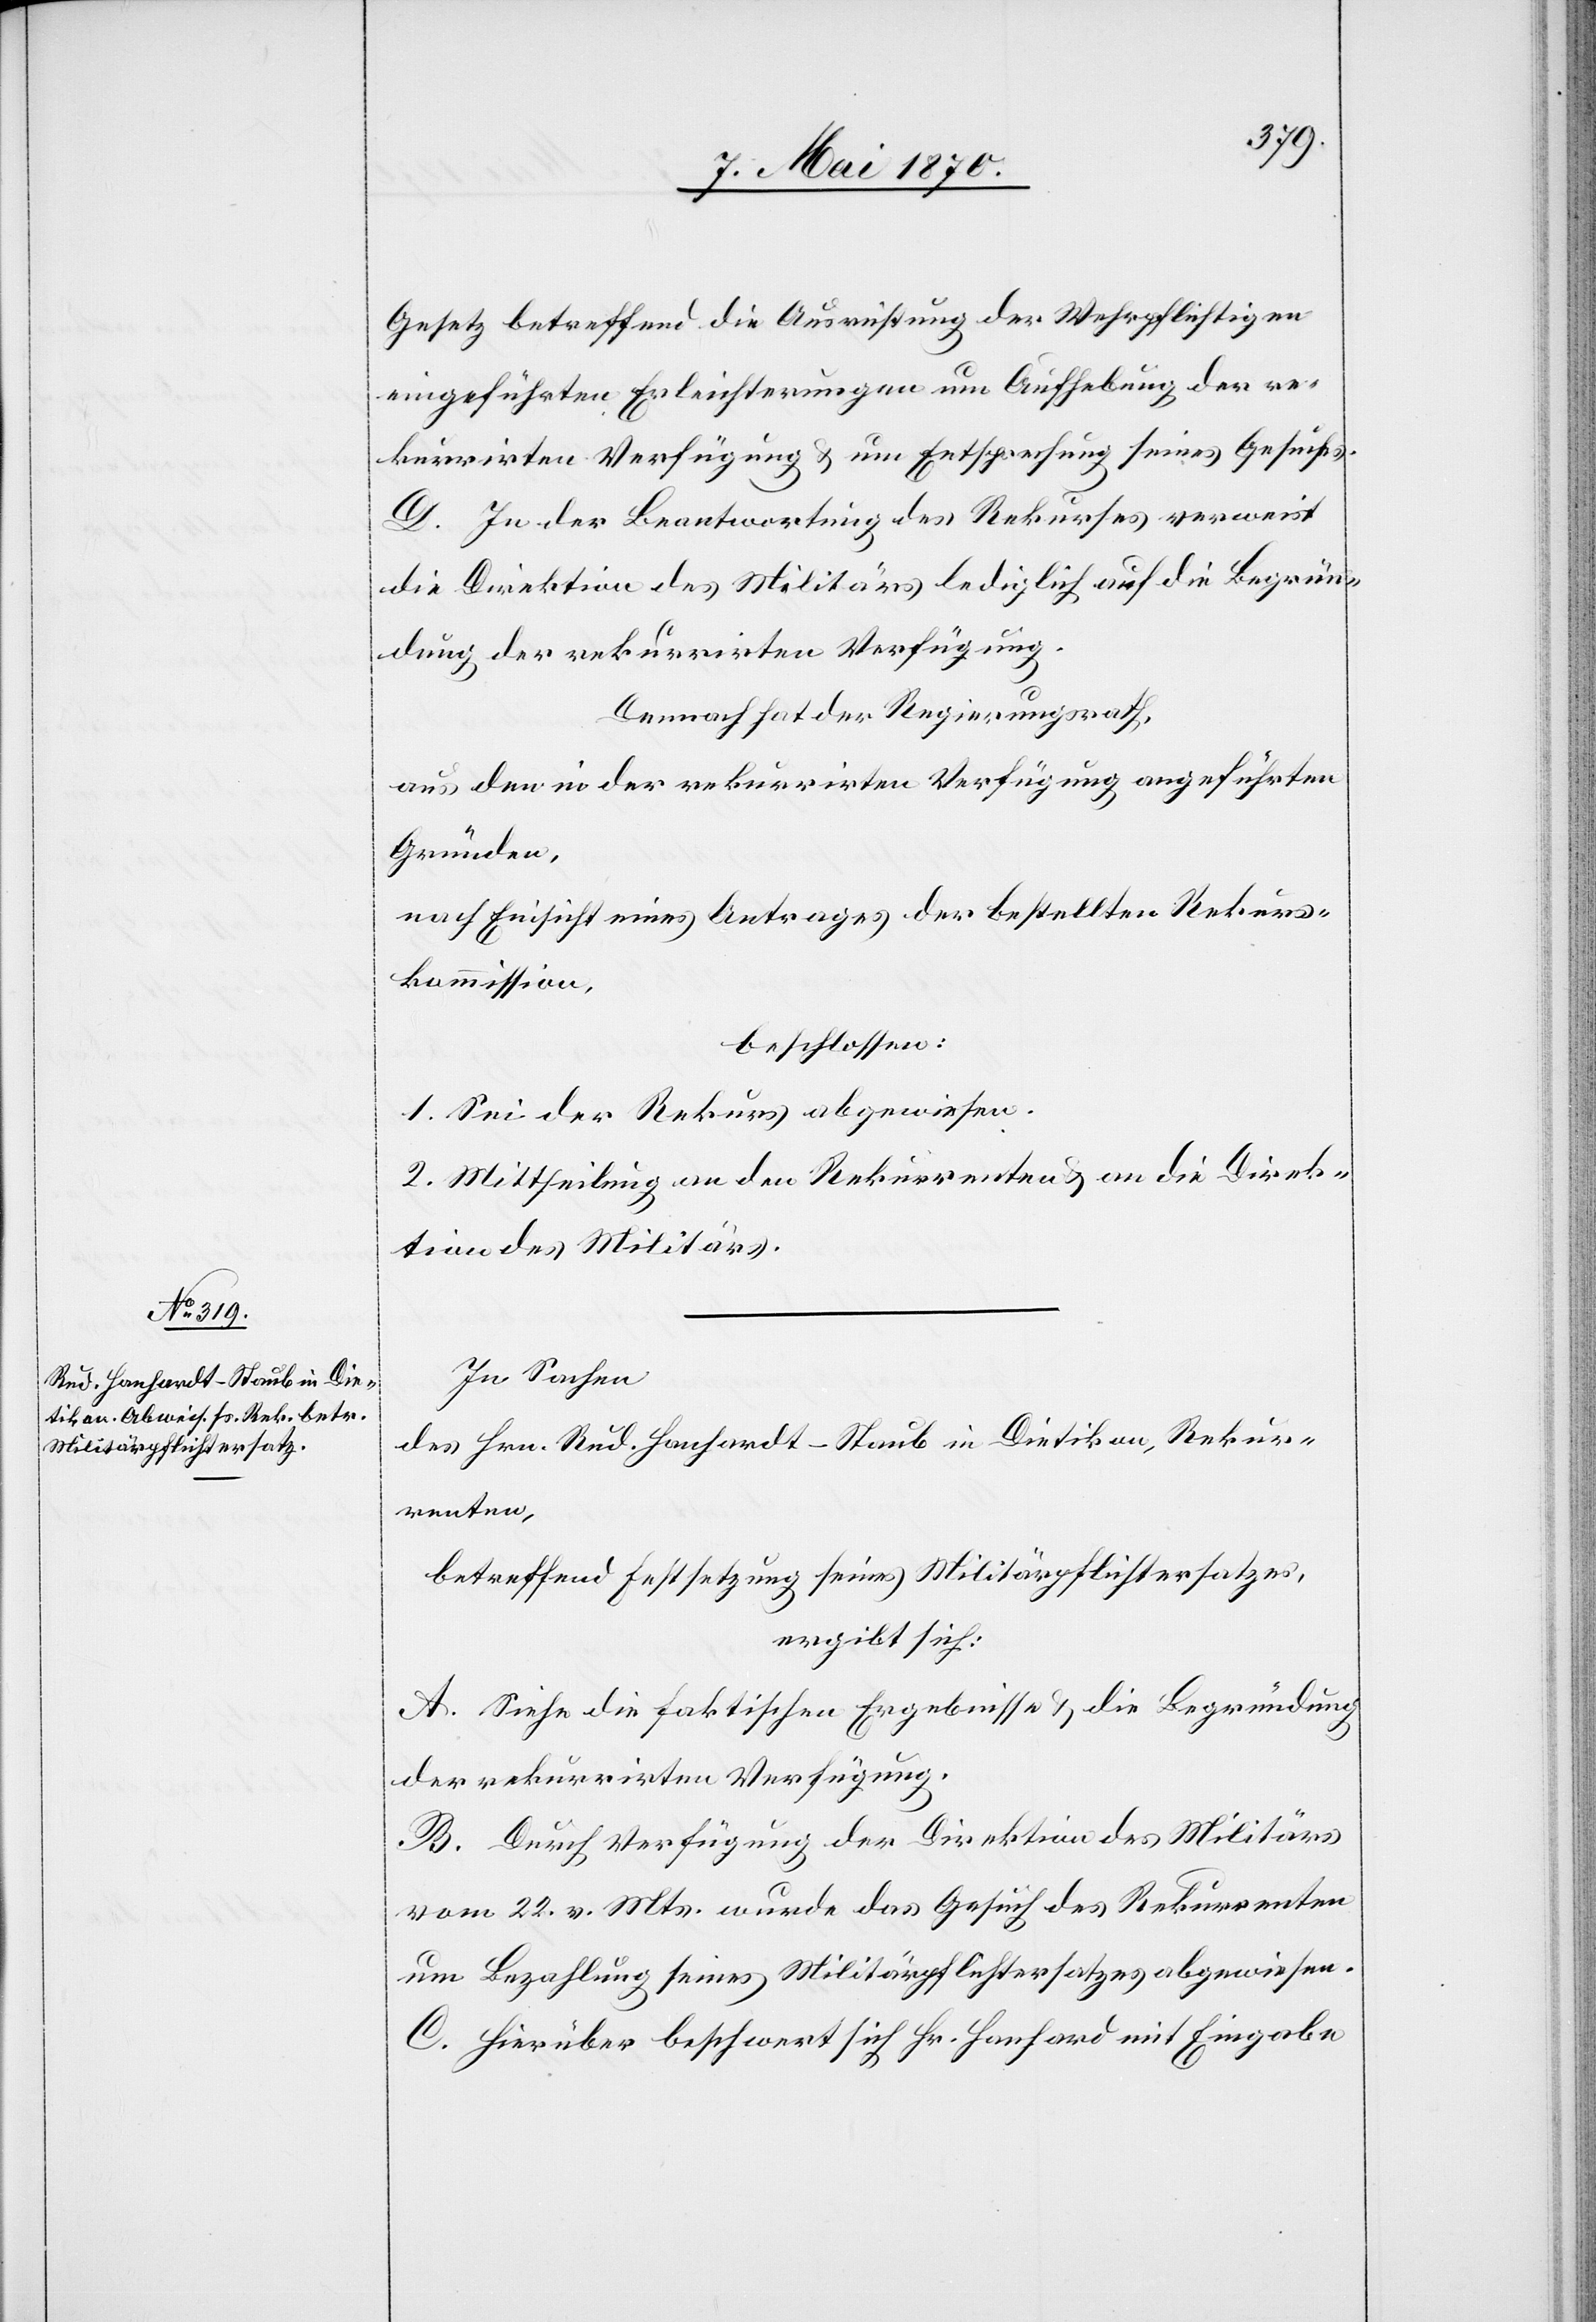
Gesetz betreffend die Ausrichtung der Wehrpflichtigen
eingeführten Erleichterungen um Aufhebung der re¬
kurrirten Verfügung & um Entsprechung seines Gesuches.
D. In der Beantwortung des Rekurses verweist
die Direktion des Militärs lediglich auf die Begrün¬
dung der rekurrirten Verfügung.
Demnach hat der Regierungsrath,
aus den in der rekurrirten Verfügung angeführten
Gründen,
nach Einsicht eines Antrages der bestellten Rekurs¬
kommission,
beschlossen:
1. Sei der Rekurs abgewiesen.
2. Mittheilung an den Rekurrenten & an die Direk¬
tion des Militärs.
In Sachen
des Hrn. Rud. Hanhardt-Staub in Dietikon, Rekur¬
renten,
betreffend Festsetzung seines Militärpflichtersatzes,
ergibt sich:
A. Siehe die faktischen Ergebnisse & die Begründung
der rekurrirten Verfügung.
B. Durch Verfügung der Direktion des Militärs
vom 22. v. Mts. wurde das Gesuch des Rekurrenten
um Bezahlung seines Militärpflichtersatzes abgewiesen.
C. Hierüber beschwert sich Hr. Hanhard [sic!] mit Eingabe